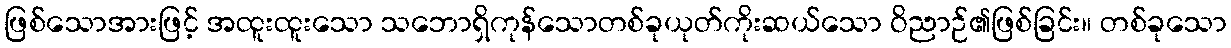
ဖြစ်သောအားဖြင့် အထူးထူးသော သဘောရှိကုန်သောတစ်ခုယုတ်ကိုးဆယ်သော ဝိညာဉ်၏ဖြစ်ခြင်း။ တစ်ခုသော